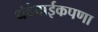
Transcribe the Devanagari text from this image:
धंदेवाईकपणा